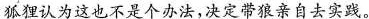
狐狸认为这也不是个办法，决定带狼亲自去实践。